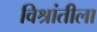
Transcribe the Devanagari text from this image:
विश्रांतीला